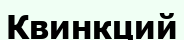
Квинкций